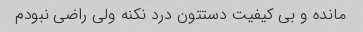
مانده و بی کیفیت دستتون درد نکنه ولی راضی نبودم